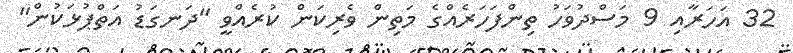
32 އަހަރާއި 9 މަސްދުވަހު ތިންފަހަރެއްގެ މަތިން ވެރިކަން ކުރެއްވީ "ދަނގަޑު އަތްޕުޅަކުން"